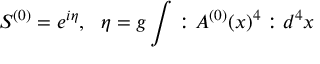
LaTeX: S ^ { ( 0 ) } = e ^ { i \eta } , \, \, \, \, \eta = g \int : A ^ { ( 0 ) } ( x ) ^ { 4 } : d ^ { 4 } x